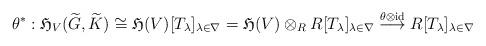
LaTeX: \begin{align*}\theta^*:{\mathfrak H}_V(\widetilde{G},\widetilde{K})\cong {\mathfrak H}(V)[T_{\lambda}]_{\lambda\in\nabla}={\mathfrak H}(V)\otimes_RR[T_{\lambda}]_{\lambda\in\nabla}\stackrel{\theta\otimes{\rm id}}{\longrightarrow}R[T_{\lambda}]_{\lambda\in\nabla}\end{align*}